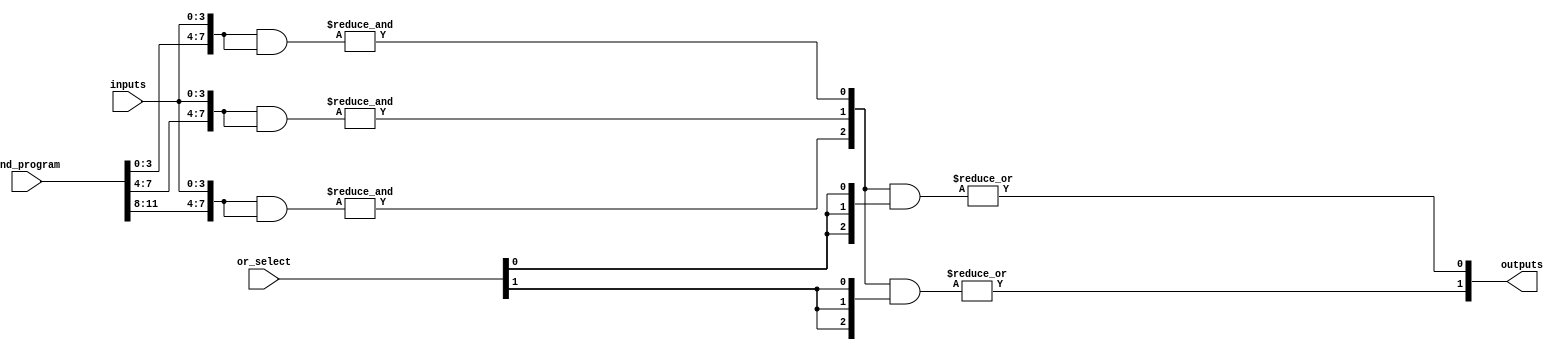
module PAL #(
    parameter N = 4, // Number of inputs
    parameter M = 2, // Number of outputs
    parameter K = 3  // Number of AND gates
)(
    input  wire [N-1:0] inputs,         // Input vector
    input  wire [K*N-1:0] and_program,  // Programmable connections for AND gates
    input  wire [K-1:0] or_select,       // Select lines for OR gates
    output wire [M-1:0] outputs          // Output vector
);

// Internal wires for AND gate outputs
wire [K-1:0] and_outputs;

// Generate AND gates
genvar i, j;
generate
    for (i = 0; i < K; i = i + 1) begin : and_gate
        wire [N-1:0] and_inputs;
        assign and_inputs = and_program[i*N +: N]; // Select inputs for this AND gate
        assign and_outputs[i] = &({and_inputs, inputs} & {and_inputs, inputs}); // AND operation
    end
endgenerate

// Generate OR gates
generate
    for (j = 0; j < M; j = j + 1) begin : or_gate
        assign outputs[j] = |(and_outputs & {or_select[j], or_select[j], or_select[j]}); // OR operation
    end
endgenerate

endmodule